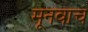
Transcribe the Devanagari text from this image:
मूनवाच